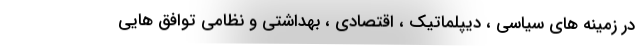
در زمینه های سیاسی ، دیپلماتیک ، اقتصادی ، بهداشتی و نظامی توافق هایی